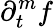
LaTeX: \partial_{t}^{m}f